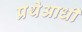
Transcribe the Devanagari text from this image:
प्रथेआधी